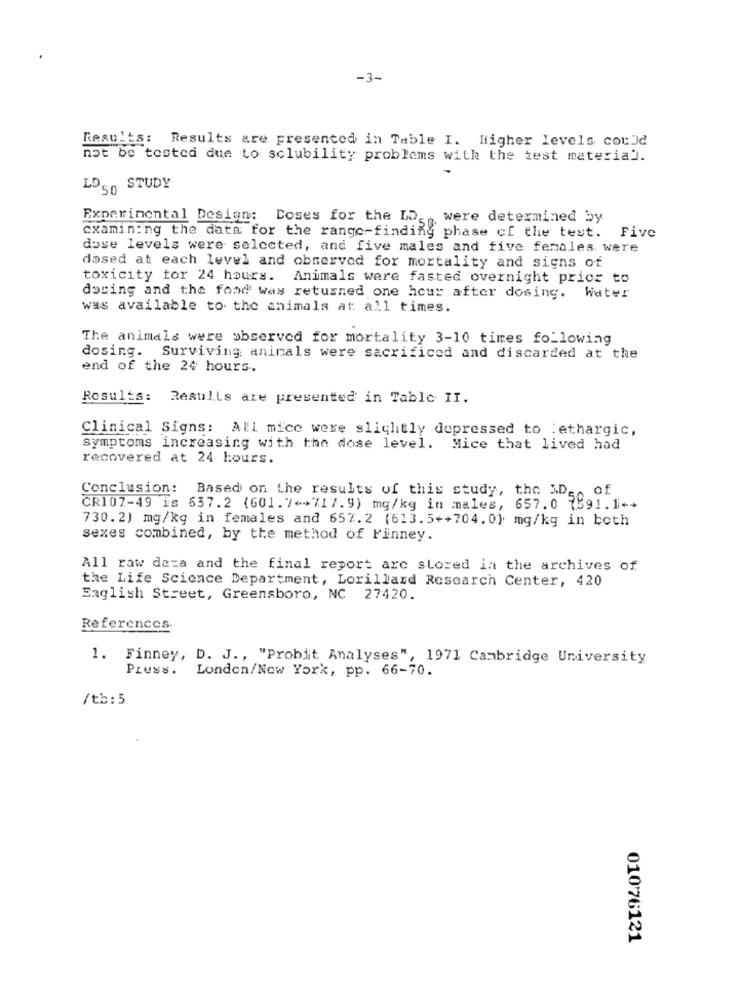
-3-
Results: Results are presented in Table I. Higher Levels could
not be tested due to solubility problems with the test material.
LD50 STUDY
Experimental Design: Doses for the LD, were determined by
examining the data for the range-finding phase of the test.
Five
dose levels were selected, and five males and five females were
dosed at each level and observod for mortality and signs of
toxicity tor 24 hours. Animals were fasted overnight prior to
dosing and the fond was returned one hour after dosing.
Water
was available to the animals at all times.
The animals were observed for mortality 3-10 times following
dosing. Surviving animals were sacrificed and discarded at the
end of the 24 hours.
Results: Results are presented in Table II.
Clinical Signs: All mice were slightly depressed to lethargic,
symptoms increasing with the dose level. Mice that lived had
recovered at 24 hours.
Conclusion: Based on the results of this study, the M.D ., of
CR107-49 is 657.2 (601.7++717.9) mg/kg in males, 657.0 7591.1++
730. 2) mg/kg in females and 657.2 (613.5++704.0} mg/kg in both
sexes combined, by the method of Finney.
All raw data and the final report are stored in the archives of
the Life Science Department, Lorillard Research Center, 420
English Street, Greensboro, NC 27420.
References.
1. Finney, D. J ., "Probit Analyses", 1971 Cambridge University
PLuss.
London/New York, pp. 66-70.
/tb: 5
01076121